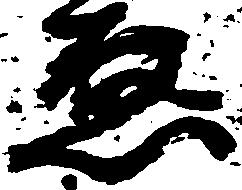
ゑ